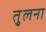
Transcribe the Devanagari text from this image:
तु्लना